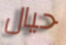
حيال